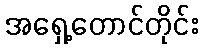
အရှေ့တောင်တိုင်း